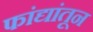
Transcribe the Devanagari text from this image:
फांद्यांतून